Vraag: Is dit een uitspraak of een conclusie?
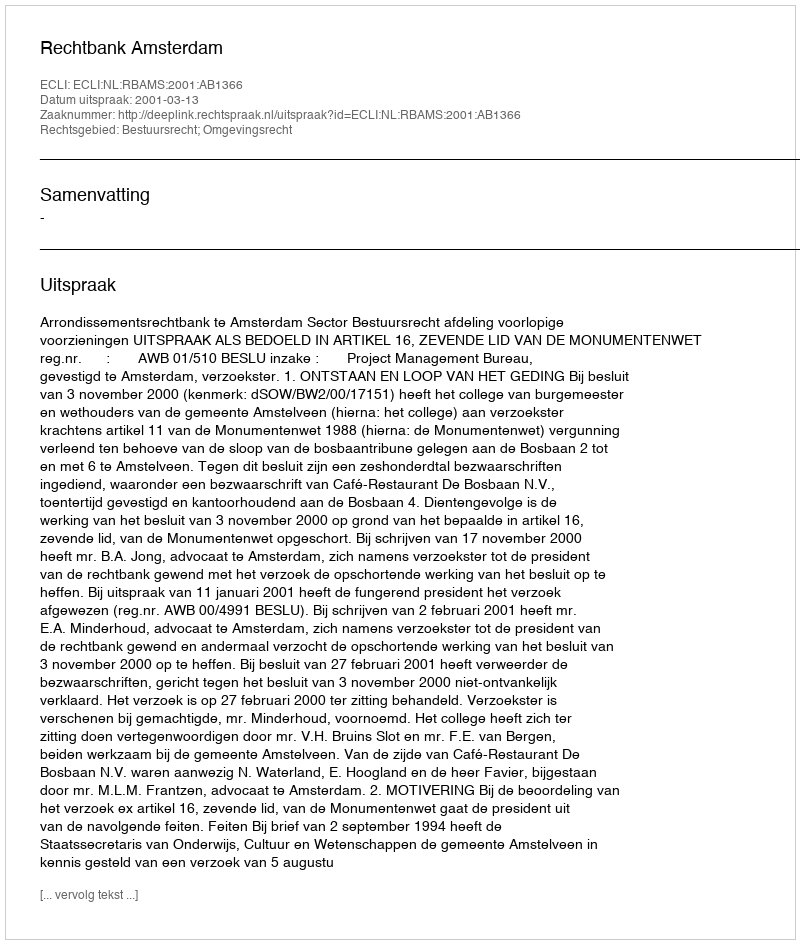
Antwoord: Uitspraak